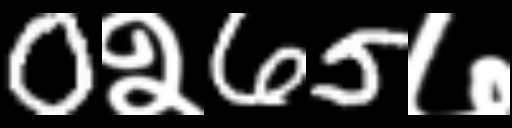
Text: 0२65७